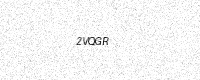
Text: 2VQGR